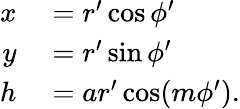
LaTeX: \begin{array}{rl}{x}&{{}=r^{\prime}\cos\phi^{\prime}}\\ {y}&{{}=r^{\prime}\sin\phi^{\prime}}\\ {h}&{{}=ar^{\prime}\cos(m\phi^{\prime}).}\end{array}